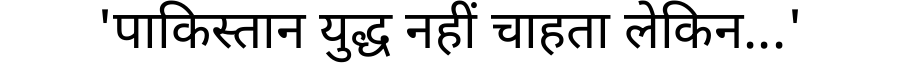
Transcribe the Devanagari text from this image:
'पाकिस्तान युद्ध नहीं चाहता लेकिन...'